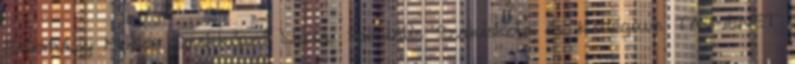
Esterházy Miklós Szakképző Iskola, Speciális Szakiskola és Kollégium TANMENET